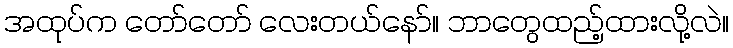
အထုပ်က တော်တော် လေးတယ်နော်။ ဘာတွေထည့်ထားလို့လဲ။